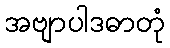
အဗျာပါဒဓာတုံ